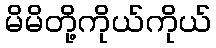
မိမိတို့ကိုယ်ကိုယ်